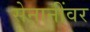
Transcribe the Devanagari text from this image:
सेनानींवर